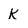
Character: K